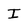
Character: I